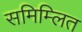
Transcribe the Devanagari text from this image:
समिम्लित